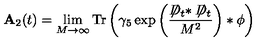
{ \bf A } _ { 2 } ( t ) = \lim _ { M \to \infty } \mathrm { T r } \left( \gamma _ { 5 } \exp \left( \frac { \not \! \! D _ { t } * \not \! \! D _ { t } } { M ^ { 2 } } \right) * \phi \right)